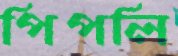
পিপলি